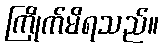
ကြိုက်မိရသည်။